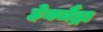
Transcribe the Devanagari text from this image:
हेक्जैंड्रा